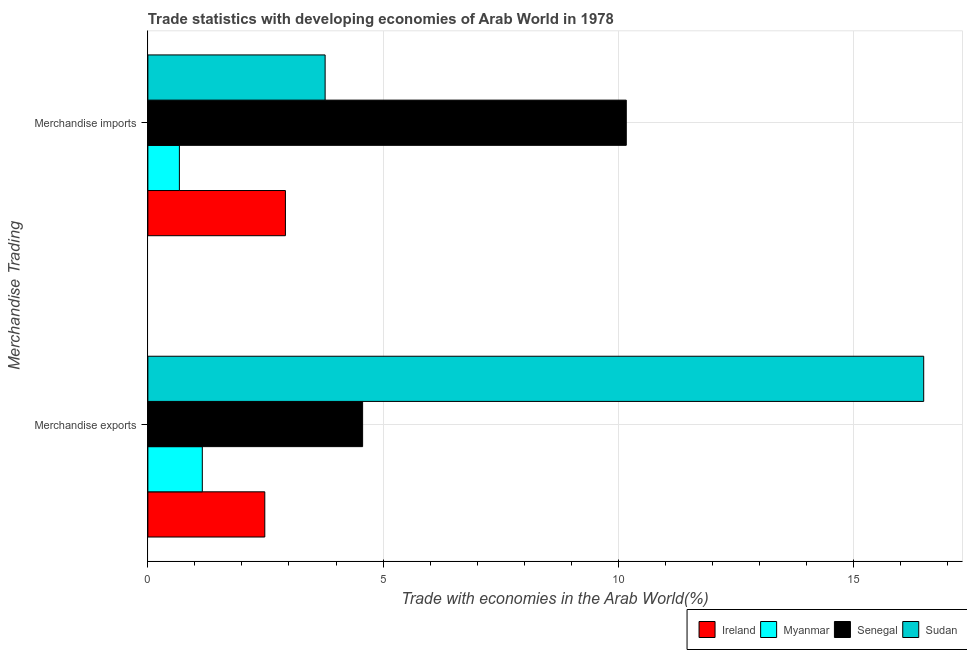
| Merchandise Trading | Ireland | Myanmar | Senegal | Sudan |
 | --- | --- | --- | --- | --- |
 | Merchandise exports | 2.49 | 1.16 | 4.57 | 16.5 |
 | Merchandise imports | 2.92 | 0.67 | 10.2 | 3.77 |